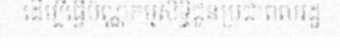
ដើម្បីធ្វើប័ណ្ណកម្មសិទ្ធិជូនប្រជាពលរដ្ឋ